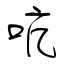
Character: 吭